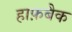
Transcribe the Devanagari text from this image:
हाफ़बैक